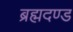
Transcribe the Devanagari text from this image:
ब्रह्मदण्ड